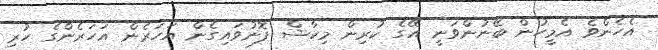
އެހެންވެ އެމީހުން ބޭނުންވަނީ އޭގެ ކުރިން މިކާޝް ފޮނުވައިގެން އަހަރެން އަހަރެންގެ ހުރި